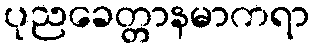
ပုညခေတ္တာနမာကရာ